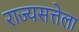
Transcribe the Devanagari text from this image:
राज्यसत्तेला